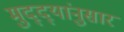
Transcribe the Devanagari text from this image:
मुद्‌द्‌यांनुसार